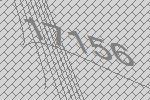
17156